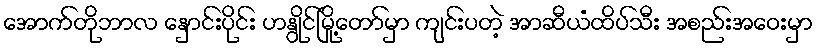
အောက်တိုဘာလ နှောင်းပိုင်း ဟနွိုင်မြို့တော်မှာ ကျင်းပတဲ့ အာဆီယံထိပ်သီး အစည်းအဝေးမှာ